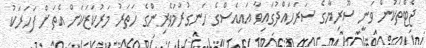
ޖެޓްތަކުން ވަނީ ސޫރިޔާގެ ސަރަހައްދުގައިވާ އައިއެސްގެ ހަނގުރާމަވެރިންގެ ހަތަރު މަރުކަޒަކަށް އެތަށް ފަހަރަކު